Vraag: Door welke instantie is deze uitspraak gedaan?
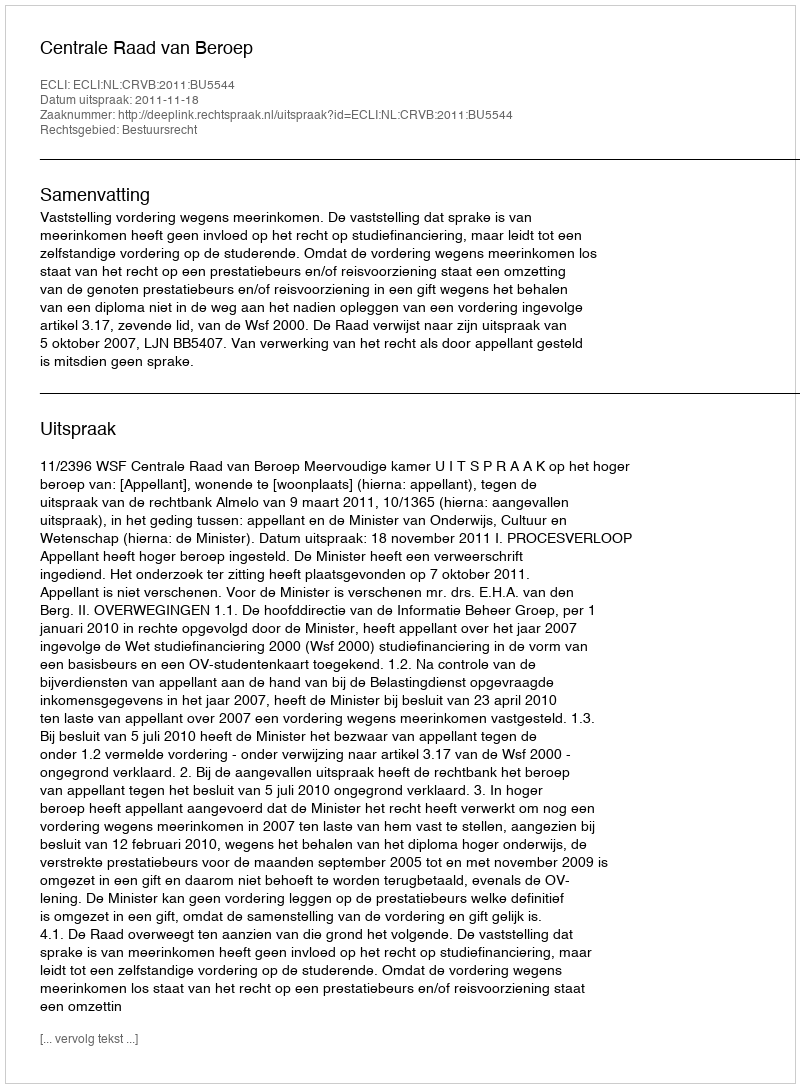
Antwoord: Centrale Raad van Beroep